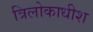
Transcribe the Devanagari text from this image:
त्रिलोकाधीश